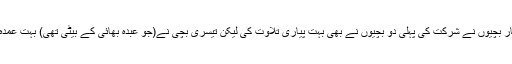
جس میں چار بچیوں نے شرکت کی پہلی دو بچیوں نے بھی بہت پیاری تلاوت کی لیکن تیسری بچی نے(جو عبدہ بھائی کے بیٹی تھی) بہت عمدہ تلاوت کی۔